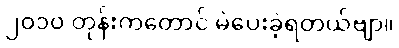
၂၀၁၀ တုန်းကတောင် မဲပေးခဲ့ရတယ်ဗျာ။